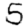
Digit: 5